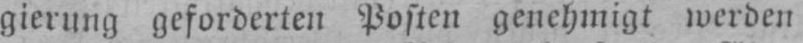
gierung geforderten Posten genehmigt werden